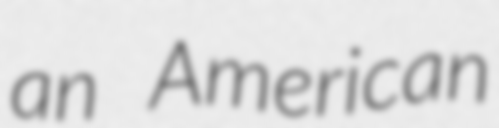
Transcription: an American